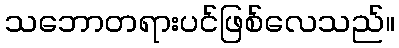
သဘောတရားပင်ဖြစ်လေသည်။